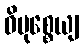
ဝိမုစ္စေယျ